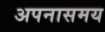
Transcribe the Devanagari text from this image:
अपनासमय